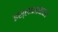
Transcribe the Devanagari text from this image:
इस्लामाबादने